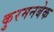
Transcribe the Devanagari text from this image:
कुरमनबेक